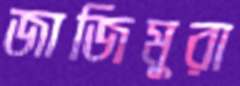
জাজিমুরা